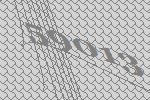
59013